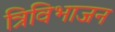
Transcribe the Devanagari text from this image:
त्रिविभाजन